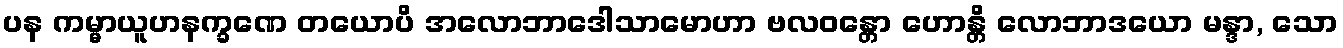
ပန ကမ္မာယူဟနက္ခဏေ တယောပိ အလောဘာဒေါသာမောဟာ ဗလဝန္တော ဟောန္တိ လောဘာဒယော မန္ဒာ, သော